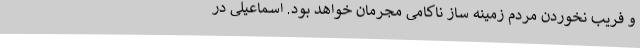
و فریب نخوردن مردم زمینه ساز ناکامی مجرمان خواهد بود. اسماعیلی در